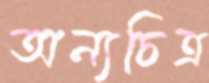
অন্যচিত্র